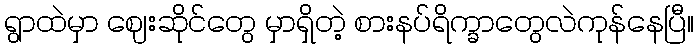
ရွာထဲမှာ ဈေးဆိုင်တွေ မှာရှိတဲ့ စားနပ်ရိက္ခာတွေလဲကုန်နေပြီ။